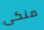
منكى